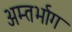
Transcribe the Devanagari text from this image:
अम्तर्भाग